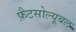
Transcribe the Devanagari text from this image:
फ़ैटसोल्यूबल